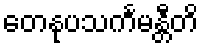
တေနုပသင်္ကမန္တီတိ